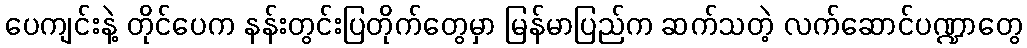
ပေကျင်းနဲ့ တိုင်ပေက နန်းတွင်းပြတိုက်တွေမှာ မြန်မာပြည်က ဆက်သတဲ့ လက်ဆောင်ပဏ္ဍာတွေ